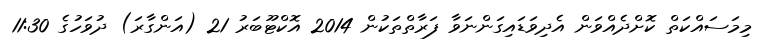
މިމަސައްކަތް ކޮށްދެއްވަން އެދިވަޑައިގަންނަވާ ފަރާތްތަކުން 2014 އޮކްޓޫބަރު 21 (އަންގާރަ) ދުވަހުގެ 11:30